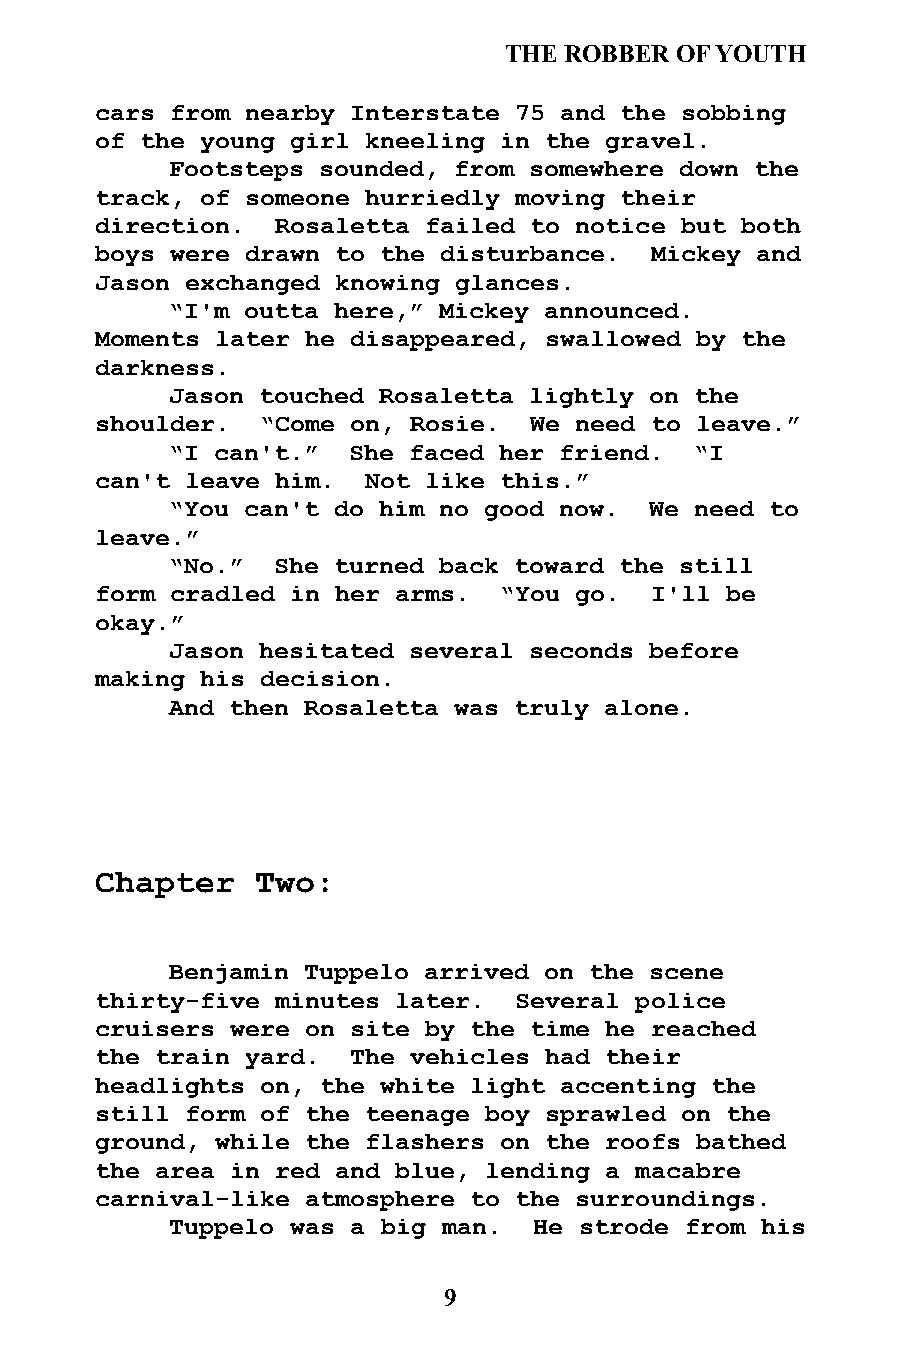
THE ROBBER  OF YOUTH
 cars from nearby Interstate 75 and the sobbing
 of the young girl kneeling in the gravel.
 Footsteps sounded, from somewhere down the
 track, of someone hurriedly moving their
 direction.  Rosaletta failed to notice but both
 boys were drawn to the disturbance.  Mickey and
 Jason exchanged knowing glances.
 “I'm outta here,” Mickey announced.
 Moments later he disappeared, swallowed by the
 darkness.
 Jason touched Rosaletta lightly on the
 shoulder.  “Come on, Rosie.  We need to leave.”
 “I can't.”  She faced her friend.  “I
 can't leave him.  Not like this.”
 “You can't do him no good now.  We need to
 leave.”
 “No.”  She turned back toward the still
 form cradled in her arms.  “You go.  I'll be
 okay.”
 Jason hesitated several seconds before
 making his decision.
 And then Rosaletta was truly alone.
 Chapter    Two:
 Benjamin Tuppelo arrived on the scene
 thirty-five minutes later.  Several police
 cruisers were on site by the time he reached
 the train yard.  The vehicles had their
 headlights on, the white light accenting the
 still form of the teenage boy sprawled on the
 ground, while the flashers on the roofs bathed
 the area in red and blue, lending a macabre
 carnival-like atmosphere to the surroundings.
 Tuppelo was a big man.  He strode from his
 9